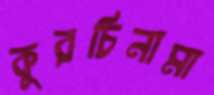
কুরচিনামা